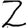
Digit: 2